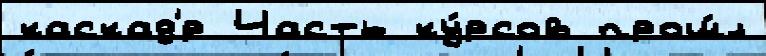
каскад'́р Часть ку́рсов прош́л